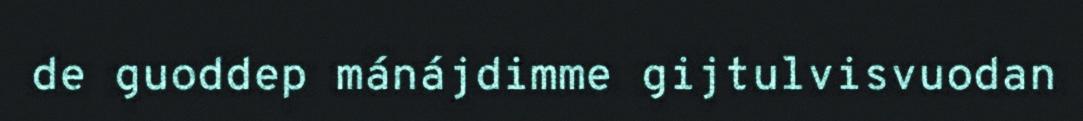
de guoddep mánájdimme gijtulvisvuodan